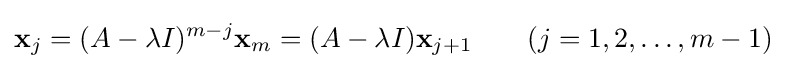
\mathbf {x} _{j}=(A-\lambda I)^{m-j}\mathbf {x} _{m}=(A-\lambda I)\mathbf {x} _{j+1}\qquad (j=1,2,\dots ,m-1)